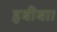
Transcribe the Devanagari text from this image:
हबीबा।